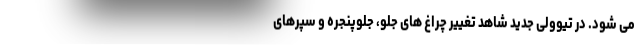
می شود. در تیوولی جدید شاهد تغییر چراغ های جلو، جلوپنجره و سپرهای